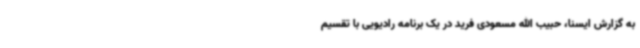
به گزارش ایسنا، حبیب الله مسعودی فرید در یک برنامه رادیویی با تقسیم